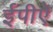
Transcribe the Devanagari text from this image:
ईपीऐ